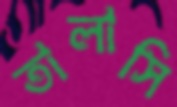
তালাসি